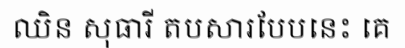
ឈិន សុធារី តបសារបែបនេះ គេ